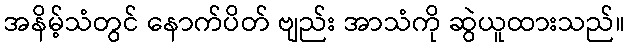
အနိမ့်သံတွင် နောက်ပိတ် ဗျည်း အာသံကို ဆွဲယူထားသည်။